Annual report on the Civil Veterinary Department, Burma (including the Insein Veterinary School) - 1932-1941
Year: 1932
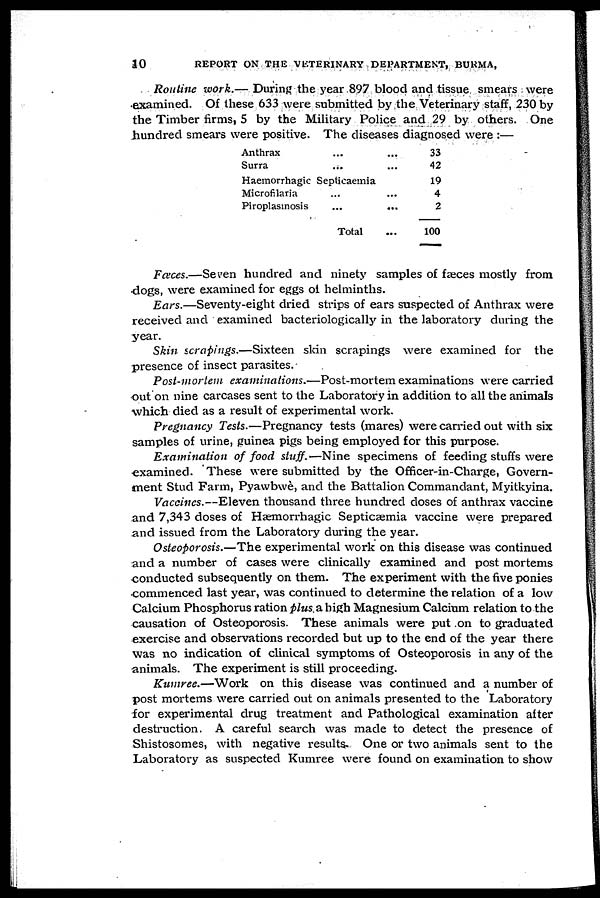
10
REPORT ON THE VETERINARY DEPARTMENT, BURMA,
Routine work.— During the year 897 blood and tissue smears were
examined. Of these 633 were submitted by the Veterinary staff, 230 by
the Timber firms, 5 by the Military Police and 29 by others. One
hundred smears were positive. The diseases diagnosed were :—
Anthrax
Surra
...
...
Haemorrhagic Septicaemia
Microfilaria
Piroplasinosis
...
...
Total
...
...
...
...
...
...
33
42
19
4
2
100
Fæces.—Seven hundred and ninety samples of faeces mostly from
dogs, were examined for eggs of helminths.
Ears.—Seventy-eight dried strips of ears suspected of Anthrax were
received and examined bacteriologically in the laboratory during the
year.
Skin scrapings.—Sixteen skin scrapings were examined for the
presence of insect parasites.
Post-mortem examinations.—Post-mortem examinations were carried
out on nine carcases sent to the Laboratory in addition to all the animals
which died as a result of experimental work.
Pregnancy Tests.—Pregnancy tests (mares) were carried out with six
samples of urine, guinea pigs being employed for this purpose.
Examination of food staff.—Nine specimens of feeding stuffs were
examined. These were submitted by the Officer-in-Charge, Govern-
ment Stud Farm, Pyawbwe, and the Battalion Commandant, Myitkyina.
Vaccines.—Eleven thousand three hundred doses of anthrax vaccine
and 7,343 doses of Hæmorrhagic Septicæmia vaccine were prepared
and issued from the Laboratory during the year.
Osteoporosis.—The experimental work on this disease was continued
and a number of cases were clinically examined and post mortems
conducted subsequently on them. The experiment with the five ponies
commenced last year, was continued to determine the relation of a low
Calcium Phosphorus ration plus a high Magnesium Calcium relation to the
causation of Osteoporosis. These animals were put on to graduated
exercise and observations recorded but up to the end of the year there
was no indication of clinical symptoms of Osteoporosis in any of the
animals. The experiment is still proceeding.
Kuniree.—Work on this disease was continued and a number of
post mortems were carried out on animals presented to the Laboratory
for experimental drug treatment and Pathological examination after
destruction. A careful search was made to detect the presence of
Shistosomes, with negative results. One or two animals sent to the
Laboratory as suspected Kumree were found on examination to show